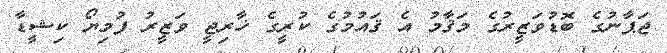
ޖަޕާނުގެ ބޮޑުވަޒީރުގެ މަޤާމު އެ ޤައުމުގެ ކުރީގެ ޚާރިޖީ ވަޒީރު ފުމިޔޯ ކިޝީޑާ